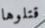
قتلوها